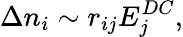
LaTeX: \Delta n_{i}\sim r_{ij}E_{j}^{DC}\textrm{,}